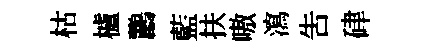
枯櫨鸝藍扶嗷瀉吿硉